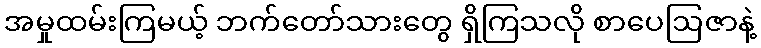
အမှုထမ်းကြမယ့် ဘက်တော်သားတွေ ရှိကြသလို စာပေဩဇာနဲ့